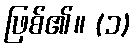
ဖြစ်၏။ (၁)